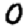
Digit: 0